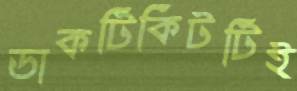
ডাকটিকিটটিই